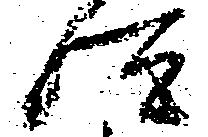
汰